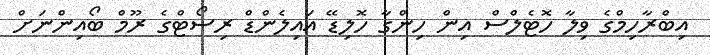
އިބްރާހިމްގެ ވިލާ ހޮޓެލްސް އިން ހިންގާ ހޮލިޑޭ އައިލެންޑް ރިސޯޓްގެ ރޫމް ބޯއިންނަށް